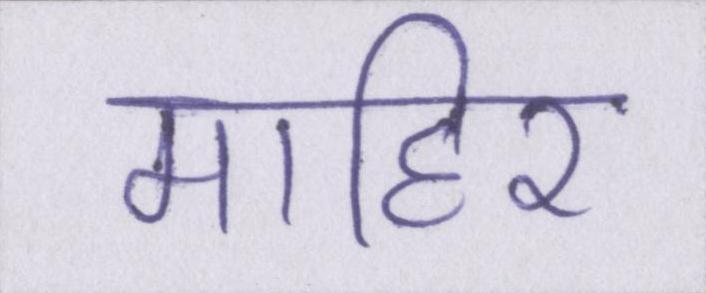
माहिर